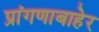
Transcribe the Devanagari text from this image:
प्रांगणाबाहेर